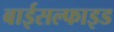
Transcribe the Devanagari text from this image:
बाईसल्फाइड